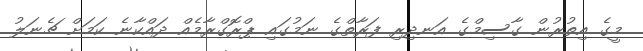
މީގެ އިތުރުން ގާސިމްގެ އަނދިރި ފަރާތްގެ ނަމުގައި ޕްރޮގްރާމެއް ދައްކާނެ ކަމަށް ޗެނަލު